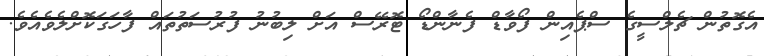
އެގޮތުން ޗެލްސީގެ ސްޕެއިން ފޯވާޑް ފެނާންޑޯ ޓޮރޭސް އަށް ލިބުނު ފުރުސަތުތައް ފާހަގަކޮށްލެވެއެވެ.